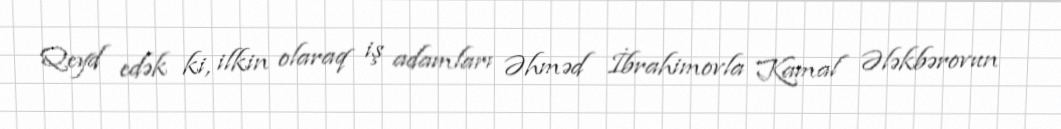
Qeyd edək ki, ilkin olaraq iş adamları Əhməd İbrahimovla Kamal Ələkbərovun